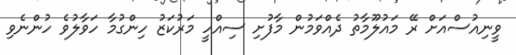
ވީނިއުސްއަށް ރޭ މައުލޫމާތު ދެއްވަމުން މާފުށި ސިއްހީ މަރުކަޒު ހިންގުމާ ހަވާލުވެ ހުންނެވި